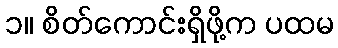
၁။ စိတ်ကောင်းရှိဖို့က ပထမ